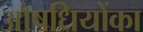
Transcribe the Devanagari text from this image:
औषधियोंका